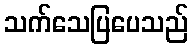
သက်သေပြပေသည်